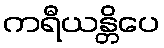
ကရီယန္တိပေ